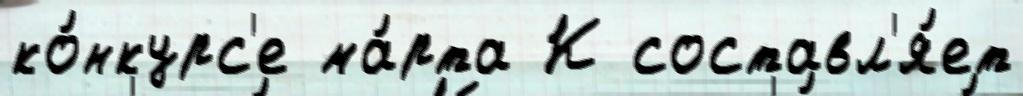
ко́нкурс'е ма́рта К составл'я́ет